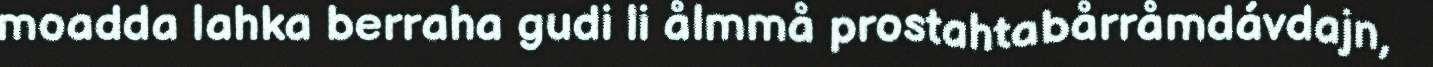
moadda lahka berraha gudi li ålmmå prostahtabårråmdávdajn,